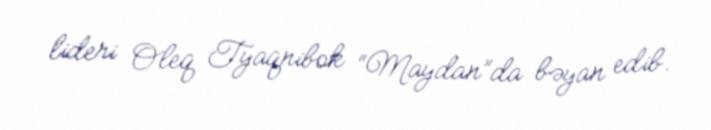
lideri Oleq Tyaqnibok “Maydan”da bəyan edib.